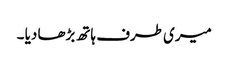
میری طرف ہاتھ بڑھا دیا ۔